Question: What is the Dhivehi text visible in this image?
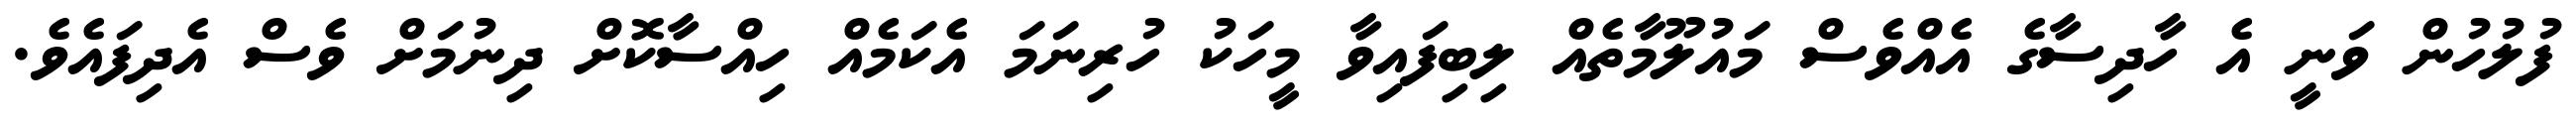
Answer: ފުލުހުން ވަނީ އެ ހާދިސާގެ އެއްވެސް މައުލޫމާތެއް ލިބިފައިވާ މީހަކު ހުރިނަމަ އެކަމެއް ހިއްސާކޮށް ދިނުމަށް ވެސް އެދިފައެވެ.